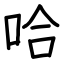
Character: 哈